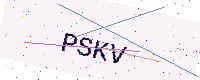
Text: PSKV